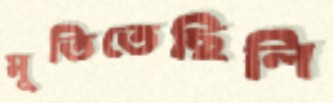
মুতিতেছিলি